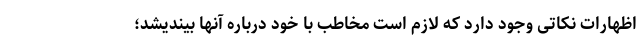
اظهارات نکاتی وجود دارد که لازم است مخاطب با خود درباره آنها بیندیشد؛